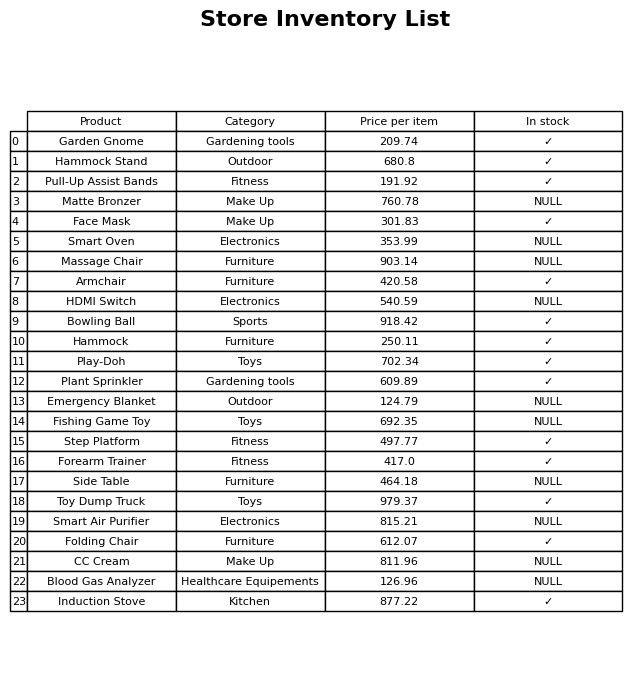
question: What is the price for Matte Bronzer?
answer: The price of Matte Bronzer is 760.78.